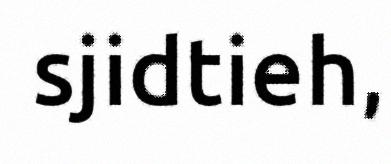
sjidtieh,